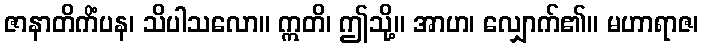
ဇာနာတိကိံပန၊ သိပါသလော။ ဣတိ၊ ဤသို့။ အာဟ၊ လျှောက်၏။ မဟာရာဇ၊